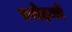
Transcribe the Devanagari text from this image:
एरोइको